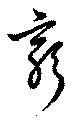
窮